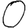
Digit: 0